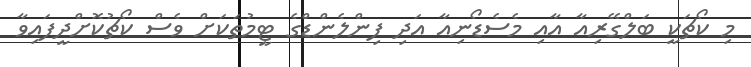
މި ކޯޗަކީ ބަލްގޭރިއާ އާއި މެސެޑޯނިއާ އަދި ފިންލެންޑްގެ ޓީމުތަކަށް ވެސް ކޯޗުކޮށްދީފައިވާ